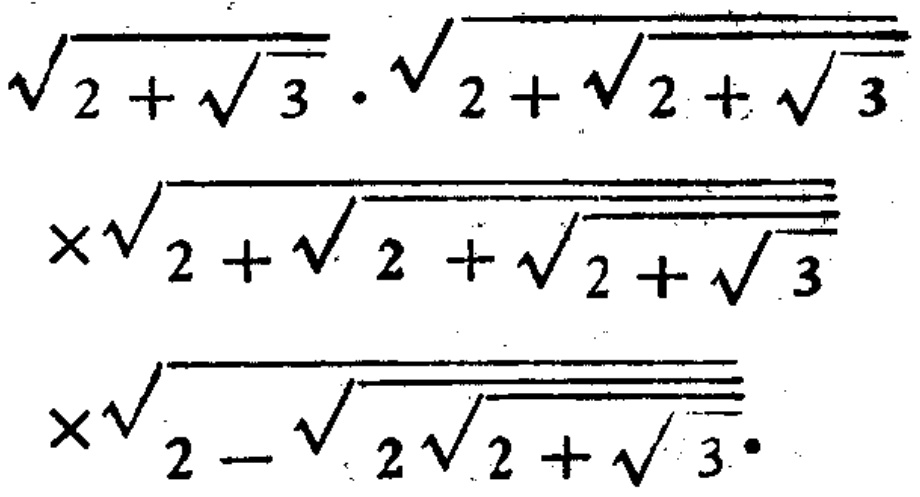
\(\sqrt{2 + \sqrt{3}}\cdot\sqrt{2+\sqrt{2 + \sqrt{3}}}\times\sqrt{2+\sqrt{2 + \sqrt{2 + \sqrt{3}}}}\times\sqrt{2-\sqrt{2\sqrt{2 + \sqrt{3}}}}\)